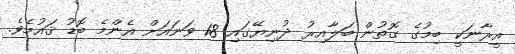
އީރާނަކީ ބިމުގެ ގޮތުން ބަލާއިރު ދުނިޔޭގައި 18 ވަނައަށް އެންމެ ބޮޑު ޤައުމެވެ.